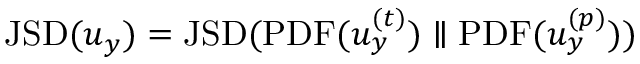
\mathrm { J S D } ( u _ { y } ) = \mathrm { J S D } ( \mathrm { P D F } ( u _ { y } ^ { ( t ) } ) \parallel \mathrm { P D F } ( u _ { y } ^ { ( p ) } ) )